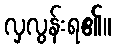
လှလွန်းရ၏။